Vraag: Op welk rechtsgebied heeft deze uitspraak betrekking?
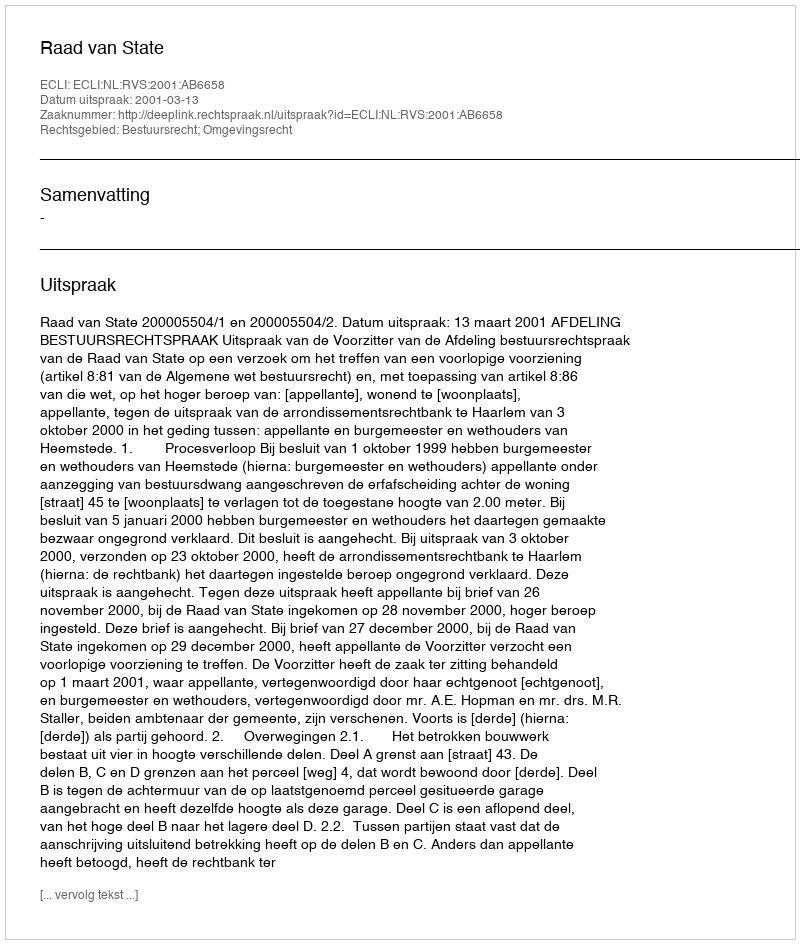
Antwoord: Bestuursrecht; Omgevingsrecht